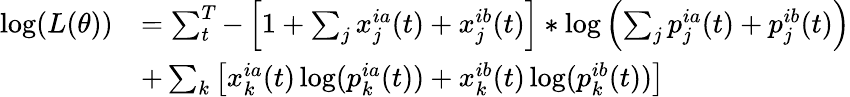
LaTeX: \begin{array}{rl}{\log(L(\theta))}&{=\sum_{t}^{T}-\left[1+\sum_{j}x_{j}^{ia}(t)+x_{j}^{ib}(t)\right]*\log\left(\sum_{j}p_{j}^{ia}(t)+p_{j}^{ib}(t)\right)}\\ &{+\sum_{k}\left[x_{k}^{ia}(t)\log(p_{k}^{ia}(t))+x_{k}^{ib}(t)\log(p_{k}^{ib}(t))\right]}\end{array}